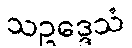
သဥဒ္ဒေသံ